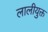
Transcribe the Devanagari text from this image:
लालीयुक्त